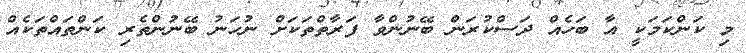
މި ކަންކަމަކީ އާ ބަހެއް ދަސްކުރަން ބޭނުންވާ ފަރާތްތަކަށް ނުހަނު ބޭނުންތެރި ކަންތައްތަކެއް